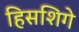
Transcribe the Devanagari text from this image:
हिसशिगे